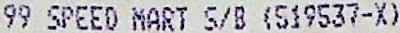
99 SPEED MART S/B (S19537-X)